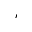
^ { \prime }